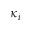
\kappa _ { i }